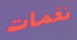
نغمات